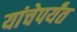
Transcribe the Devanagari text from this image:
यांचेपर्यंत